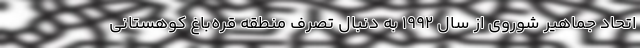
اتحاد جماهیر شوروی از سال ۱۹۹۲ به دنبال تصرف منطقه قره‌باغ کوهستانی